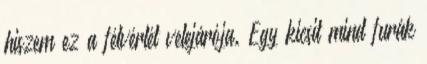
hiszem ez a félvérlét velejárója. Egy kicsit mind furák